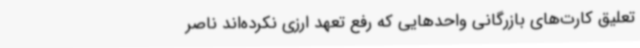
تعلیق کارت‌های بازرگانی واحدهایی که رفع تعهد ارزی نکرده‌اند ناصر